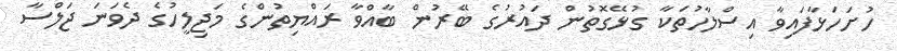
ހުށަހަޅާފައިވާ އިސްލާހުތަކާ ގުޅޭގޮތުން ދައުރުގެ ބޭރުން ބާއްވާ ރައްޔިތުންގެ މަޖިލީހުގެ ދެވަނަ ޖަލްސާ